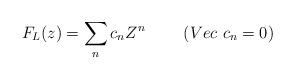
LaTeX: \begin{align*}F_{L}(z)=\sum_{n} c_{n} Z^{n}~~~~~~~(Vec~c_{n}=0)\end{align*}